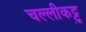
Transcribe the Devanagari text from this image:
चल्लीकट्टु